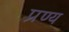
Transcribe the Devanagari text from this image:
प्रण्य